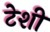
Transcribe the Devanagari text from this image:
टेशी